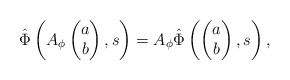
\begin{align*}\hat \Phi \left(A_\phi \begin{pmatrix}a\\ b\end{pmatrix}, s\right) = A_\phi \hat \Phi\left(\begin{pmatrix} a\\b \end{pmatrix}, s\right),\end{align*}